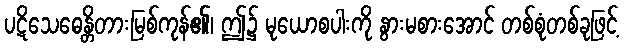
ပဋိသေဓေန္တိတားမြစ်ကုန်၏၊ ဤ၌ မုယောစပါးကို နွားမစားအောင် တစ်စုံတစ်ခုဖြင့်